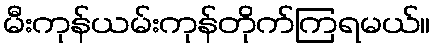
မီးကုန်ယမ်းကုန်တိုက်ကြရမယ်။